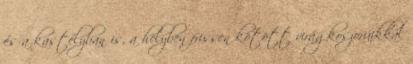
és a kastélyban is, a helyben frissen kötött virágkoszorúikkal